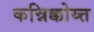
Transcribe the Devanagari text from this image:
कन्निक्कोय्त्त